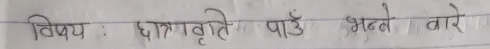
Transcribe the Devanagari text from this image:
विषय : छात्रवृत्ति पाउँ भन्ने बारे